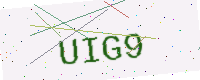
Text: UIG9